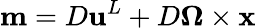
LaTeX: \mathbf{m}={D}{\mathbf{u}}^{L}+{D}\boldsymbol{\Omega}\times{\mathbf{x}}